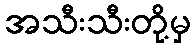
အသီးသီးတို့မှ